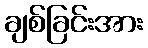
ချစ်ခြင်းအား